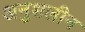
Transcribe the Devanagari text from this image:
अनुशलीन